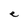
Character: e